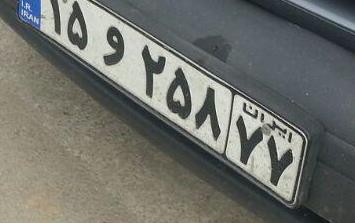
۱۵و۲۵۸۷۷